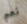
نعم